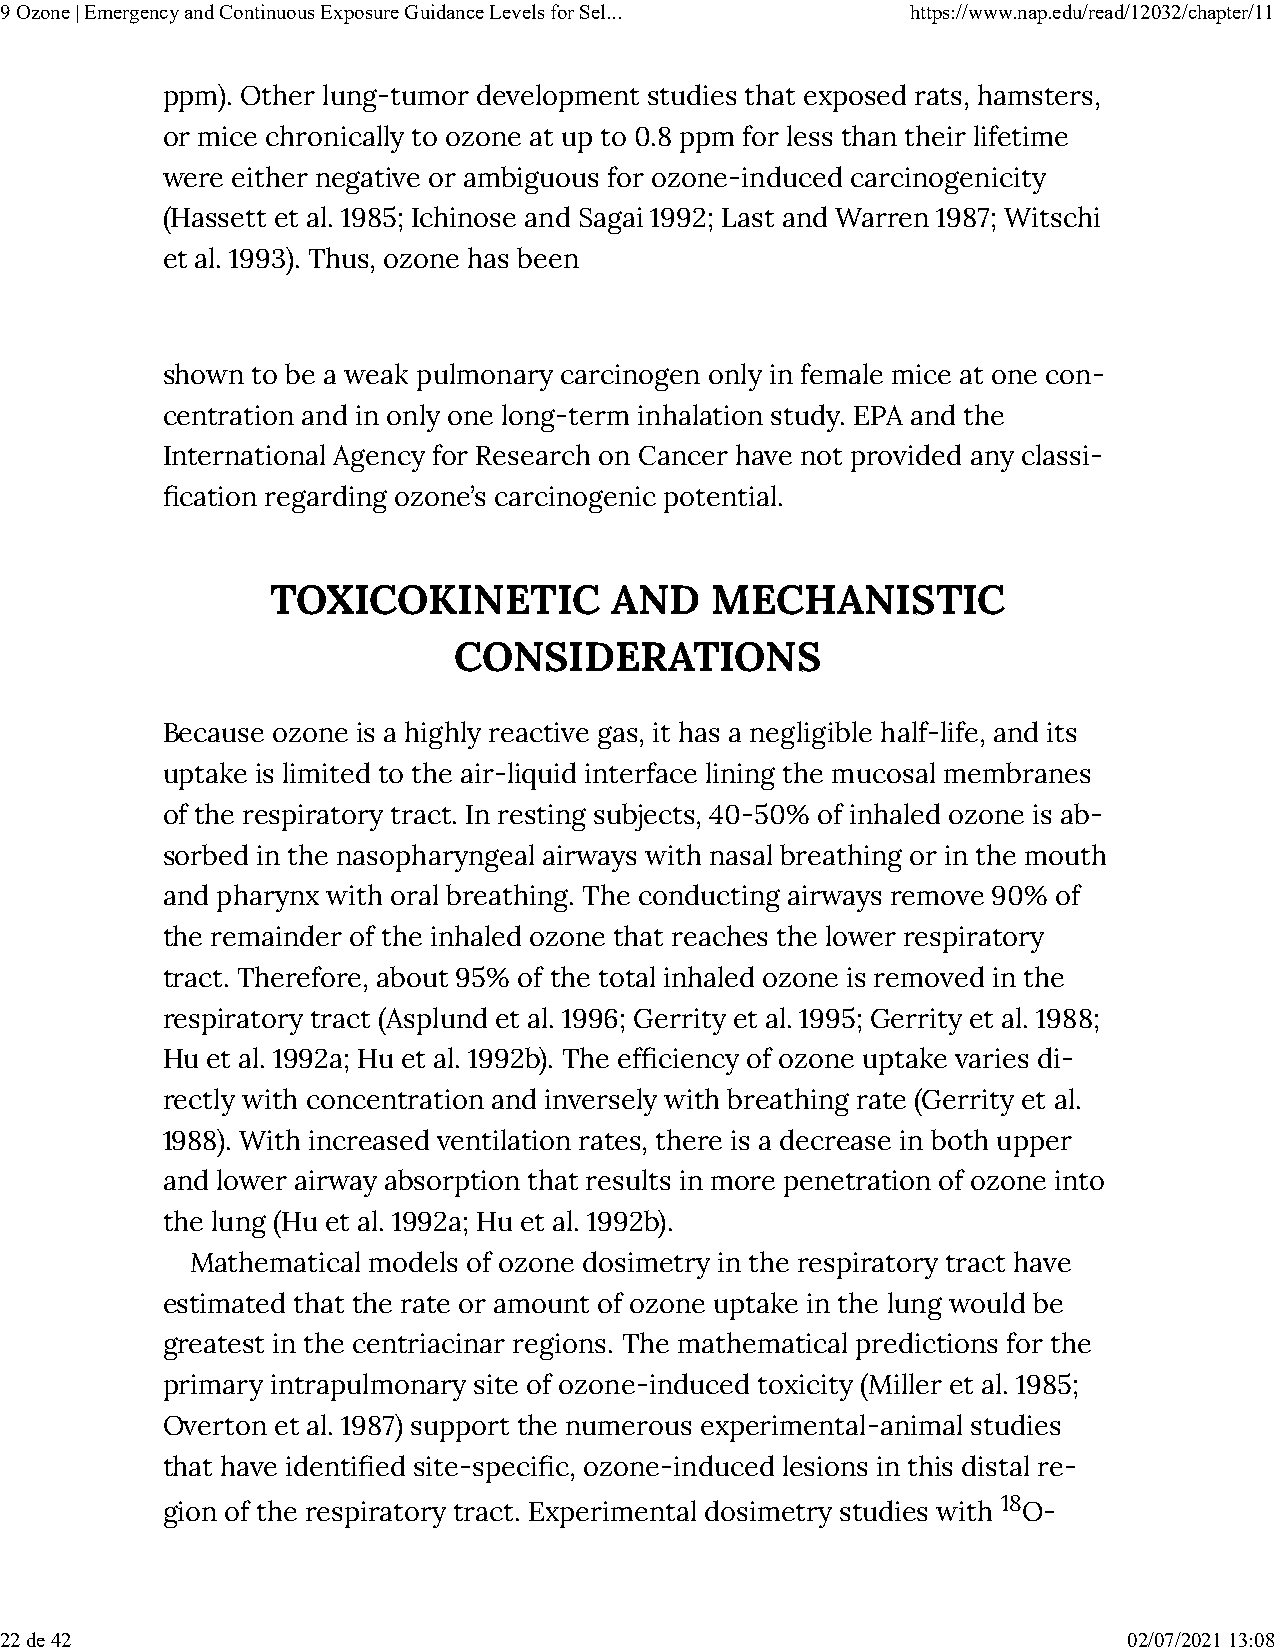
9 Ozone | Emergency and Continuous Exposure Guidance Levels for Sel... https://www.nap.edu/read/12032/chapter/11
 ppm). Other lung-tumor development studies that exposed rats, hamsters,
 or mice chronically to ozone at up to 0.8 ppm for less than their lifetime
 were either negative or ambiguous for ozone-induced carcinogenicity
 (Hassett et al. 1985; Ichinose and Sagai 1992; Last and Warren 1987; Witschi
 et al. 1993). Thus, ozone has been
 shown to be a weak pulmonary carcinogen only in female mice at one con-
 centration and in only one long-term inhalation study. EPA and the
 International Agency for Research on Cancer have not provided any classi-
 �cation regarding ozone’s carcinogenic potential.
 TOXICOKINETIC         AND    MECHANISTIC
 CONSIDERATIONS
 Because ozone is a highly reactive gas, it has a negligible half-life, and its
 uptake is limited to the air-liquid interface lining the mucosal membranes
 of the respiratory tract. In resting subjects, 40-50% of inhaled ozone is ab-
 sorbed in the nasopharyngeal airways with nasal breathing or in the mouth
 and pharynx with oral breathing. The conducting airways remove 90% of
 the remainder of the inhaled ozone that reaches the lower respiratory
 tract. Therefore, about 95% of the total inhaled ozone is removed in the
 respiratory tract (Asplund et al. 1996; Gerrity et al. 1995; Gerrity et al. 1988;
 Hu et al. 1992a; Hu et al. 1992b). The ef�ciency of ozone uptake varies di-
 rectly with concentration and inversely with breathing rate (Gerrity et al.
 1988). With increased ventilation rates, there is a decrease in both upper
 and lower airway absorption that results in more penetration of ozone into
 the lung (Hu et al. 1992a; Hu et al. 1992b).
 Mathematical models of ozone dosimetry in the respiratory tract have
 estimated that the rate or amount of ozone uptake in the lung would be
 greatest in the centriacinar regions. The mathematical predictions for the
 primary intrapulmonary site of ozone-induced toxicity (Miller et al. 1985;
 Overton et al. 1987) support the numerous experimental-animal studies
 that have identi�ed site-speci�c, ozone-induced lesions in this distal re-
 gion of the respiratory tract. Experimental dosimetry studies with 18O-
 22 de 42                                                                   02/07/2021 13:08